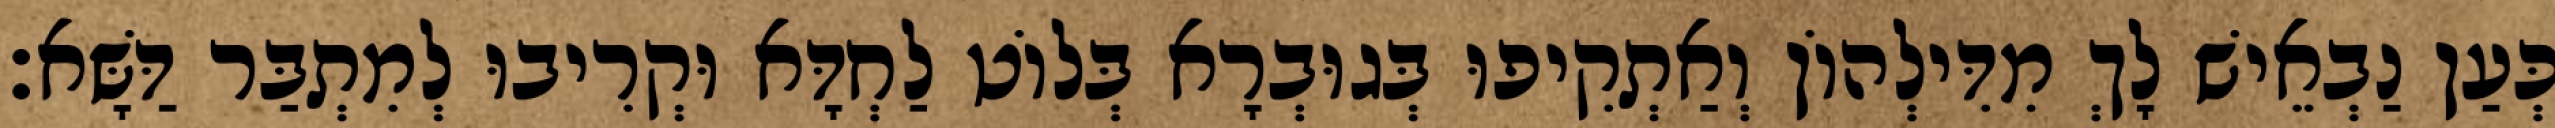
כְּעַן נַבְאֵישׁ לָךְ מִדִּילְהוֹן וְאַתְקִיפוּ בְּגוּבְרָא בְּלוֹט לַחְדָּא וּקְרִיבוּ לְמִתְבַּר דַּשָּׁא׃